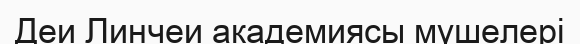
Деи Линчеи академиясы мүшелері